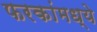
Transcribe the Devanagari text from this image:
फरकांमध्ये